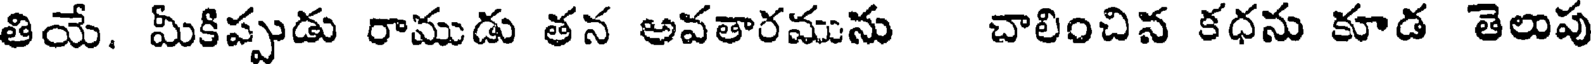
తియే. మీకిప్పుడు రాముడు తన అవతారమును చాలించిన కధను కూడ తెలుపు